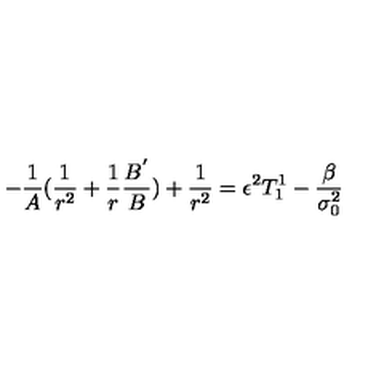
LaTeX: - \frac { 1 } { A } ( \frac { 1 } { r ^ { 2 } } + \frac { 1 } { r } \frac { B ^ { ' } } { B } ) + \frac { 1 } { r ^ { 2 } } = \epsilon ^ { 2 } T _ { 1 } ^ { 1 } - \frac { \beta } { \sigma _ { 0 } ^ { 2 } }